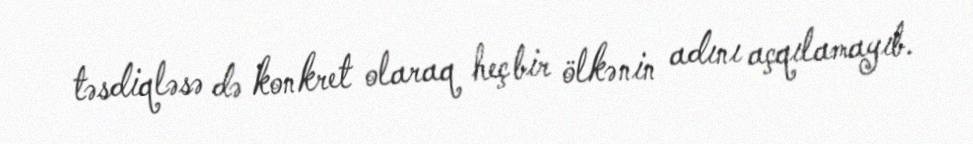
təsdiqləsə də konkret olaraq heç bir ölkənin adını açqılamayıb.